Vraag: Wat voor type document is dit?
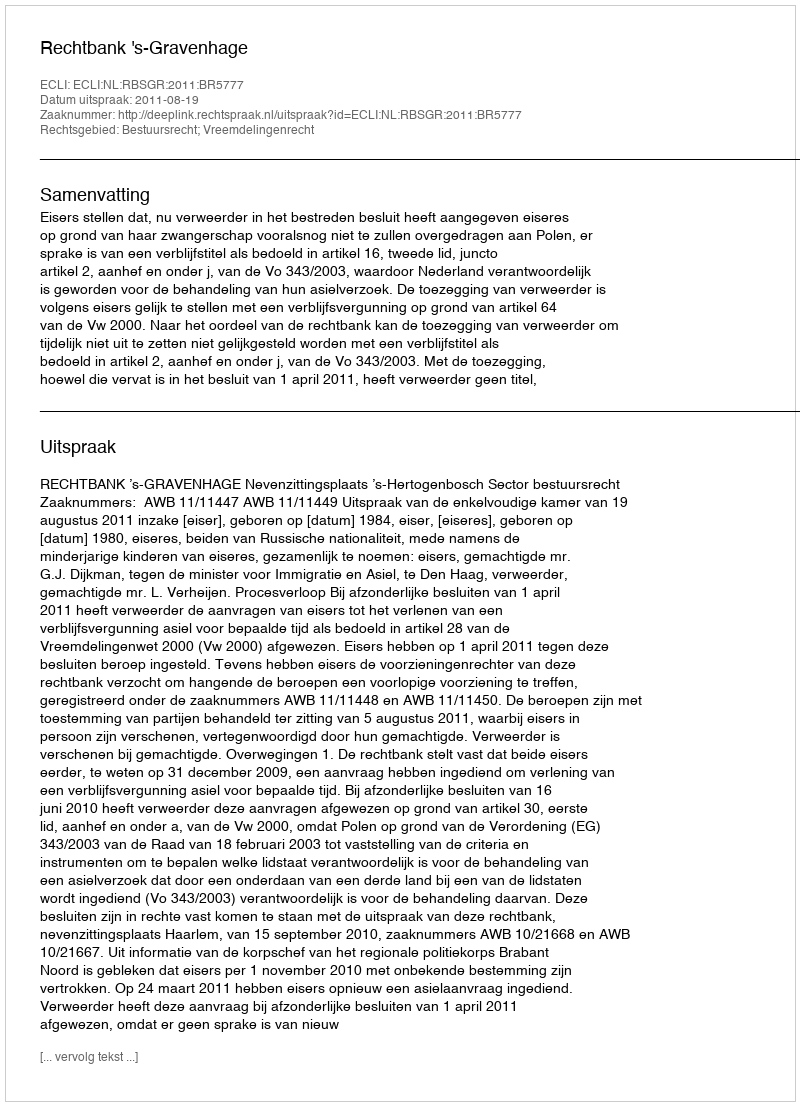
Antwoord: Uitspraak